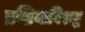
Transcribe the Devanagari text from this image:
प्रशियाविरुद्ध